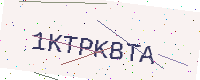
Text: 1KTPKBTA